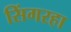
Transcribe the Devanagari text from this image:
सिंगरहा